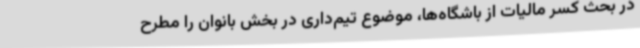
در بحث کسر مالیات از باشگاه‌ها، موضوع تیم‌داری در بخش بانوان را مطرح